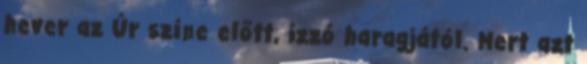
hever az Úr színe előtt, izzó haragjától. Mert azt